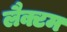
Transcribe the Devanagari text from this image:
लैक्टम